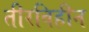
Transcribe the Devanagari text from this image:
तीरविहीन